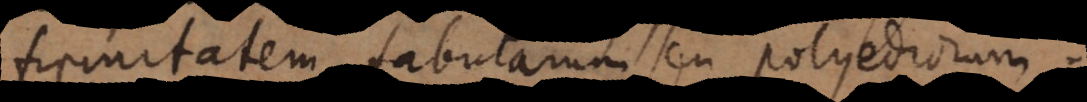
firmitatem tabularum seu polyedror